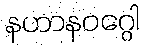
နဟာနဝဂ္ဂေါ